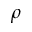
\rho